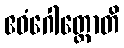
ဧဝံဂေါတ္တောတိ